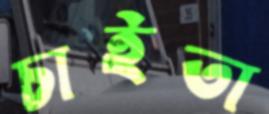
চাইতা